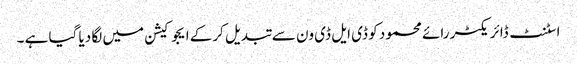
اسٹنٹ ڈائریکٹر رائے محمود کو ڈی ایل ڈی ون سے تبدیل کرکے ایجوکیشن میں لگا دیا گیا ہے ۔